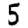
Digit: 5